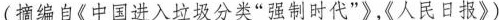
(摘编自《中国进入垃圾分类“强制时代”》,《人民日报》)